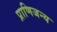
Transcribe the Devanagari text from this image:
प्राणिजन्य